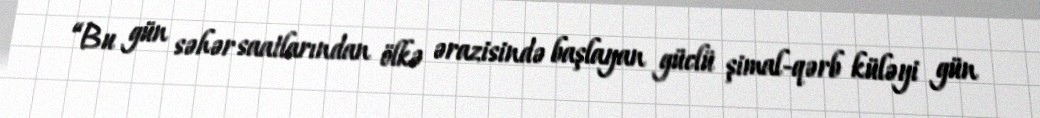
“Bu gün səhər saatlarından ölkə ərazisində başlayan güclü şimal-qərb küləyi gün